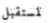
لمستقبل